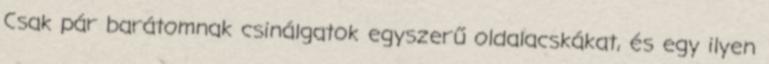
Csak pár barátomnak csinálgatok egyszerű oldalacskákat, és egy ilyen